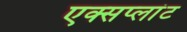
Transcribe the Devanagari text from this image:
एक्सप्लांट